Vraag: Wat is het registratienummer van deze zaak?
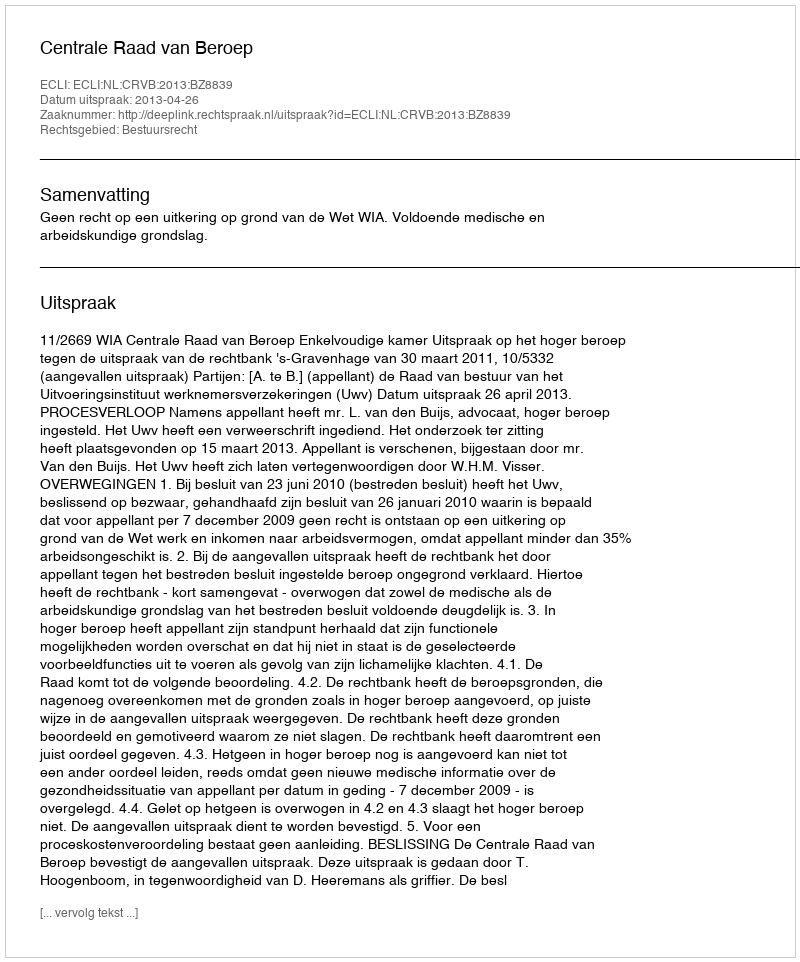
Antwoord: http://deeplink.rechtspraak.nl/uitspraak?id=ECLI:NL:CRVB:2013:BZ8839